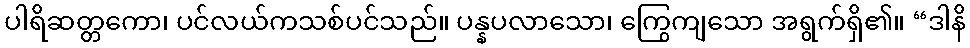
ပါရိဆတ္တကော၊ ပင်လယ်ကသစ်ပင်သည်။ ပန္နပလာသော၊ ကြွေကျသော အရွက်ရှိ၏။ “ဒါနိ